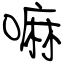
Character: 嘛